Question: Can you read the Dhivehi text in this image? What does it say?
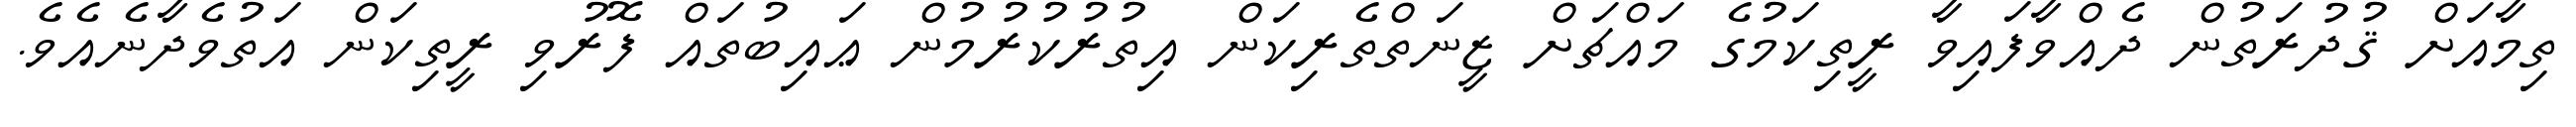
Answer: ތިމާއަށް ޤުދުރަތުން ދެއްވާފައިވާ ރީތިކަމުގެ މައްޗަށް ޒީނަތްތެރިކަން އިތުރުކުރުމުން ޢައިބުތައް ފޮރުވި ރީތިކަން އަތުވެދާނެއެވެ.